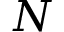
N